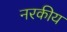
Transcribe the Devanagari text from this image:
नरकीय